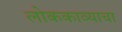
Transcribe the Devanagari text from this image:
लोककाव्याचा